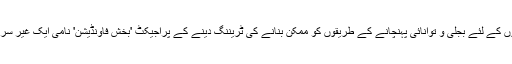
فضا پاکستان کے دیہاتی علاقوں کے لئے بجلی و توانائی پہنچانے کے طریقوں کو ممکن بنانے کی ٹریننگ دینے کے پراجیکٹ 'بخش فاونڈیشن' نامی ایک غیر سرکاری ادارے سے وابسطہ ہیں۔